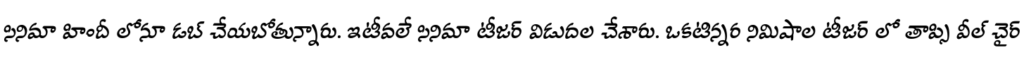
సినిమా హిందీ లోనూ డబ్ చేయబోతున్నారు. ఇటీవలే సినిమా టీజర్ విడుదల చేశారు. ఒకటిన్నర నిమిషాల టీజర్ లో తాప్సి వీల్ చైర్